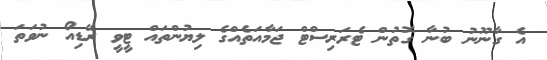
އެ ގާނޫނު ބުނާ ގޮތުން ޓެރަރިސްޓް ޖަމާއަތެއްގެ ލިޔުންތައް ޓީވީ ރޭޑިއޯ ނުވަތަ